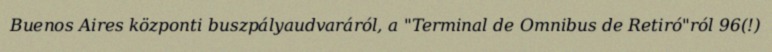
Buenos Aires központi buszpályaudvaráról, a "Terminal de Omnibus de Retiró"ról 96(!)